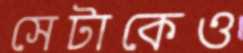
সেটাকেও